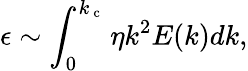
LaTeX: \epsilon\sim\int_{0}^{k_{\mathrm{~c~}}}\eta k^{2}E(k)dk,